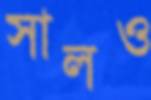
সালও